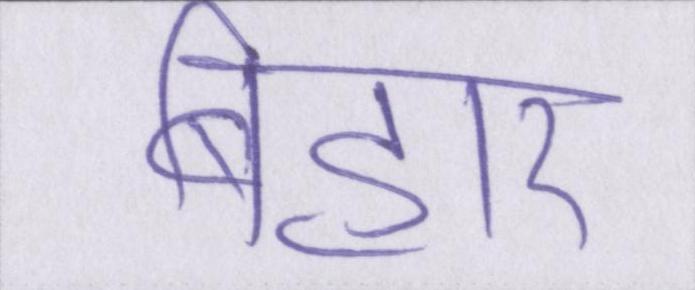
बिहार